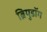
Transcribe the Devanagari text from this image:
ब्रियुडॉग